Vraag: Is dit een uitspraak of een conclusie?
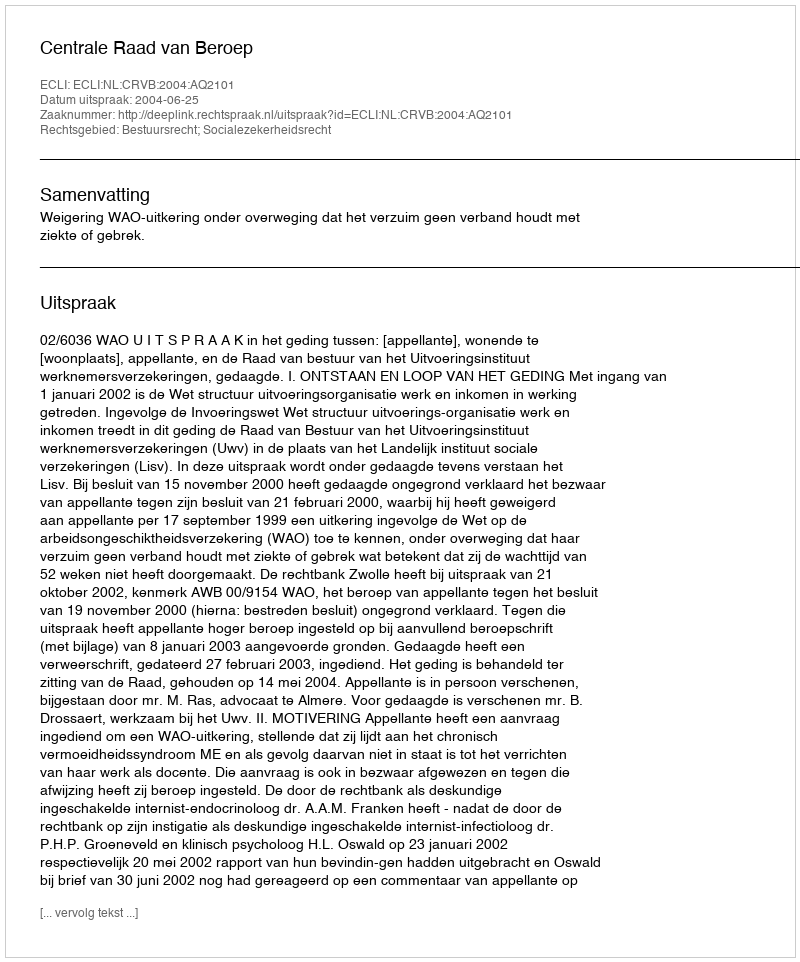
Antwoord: Uitspraak